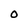
Character: O